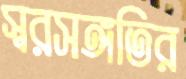
স্বরসঙ্গতির